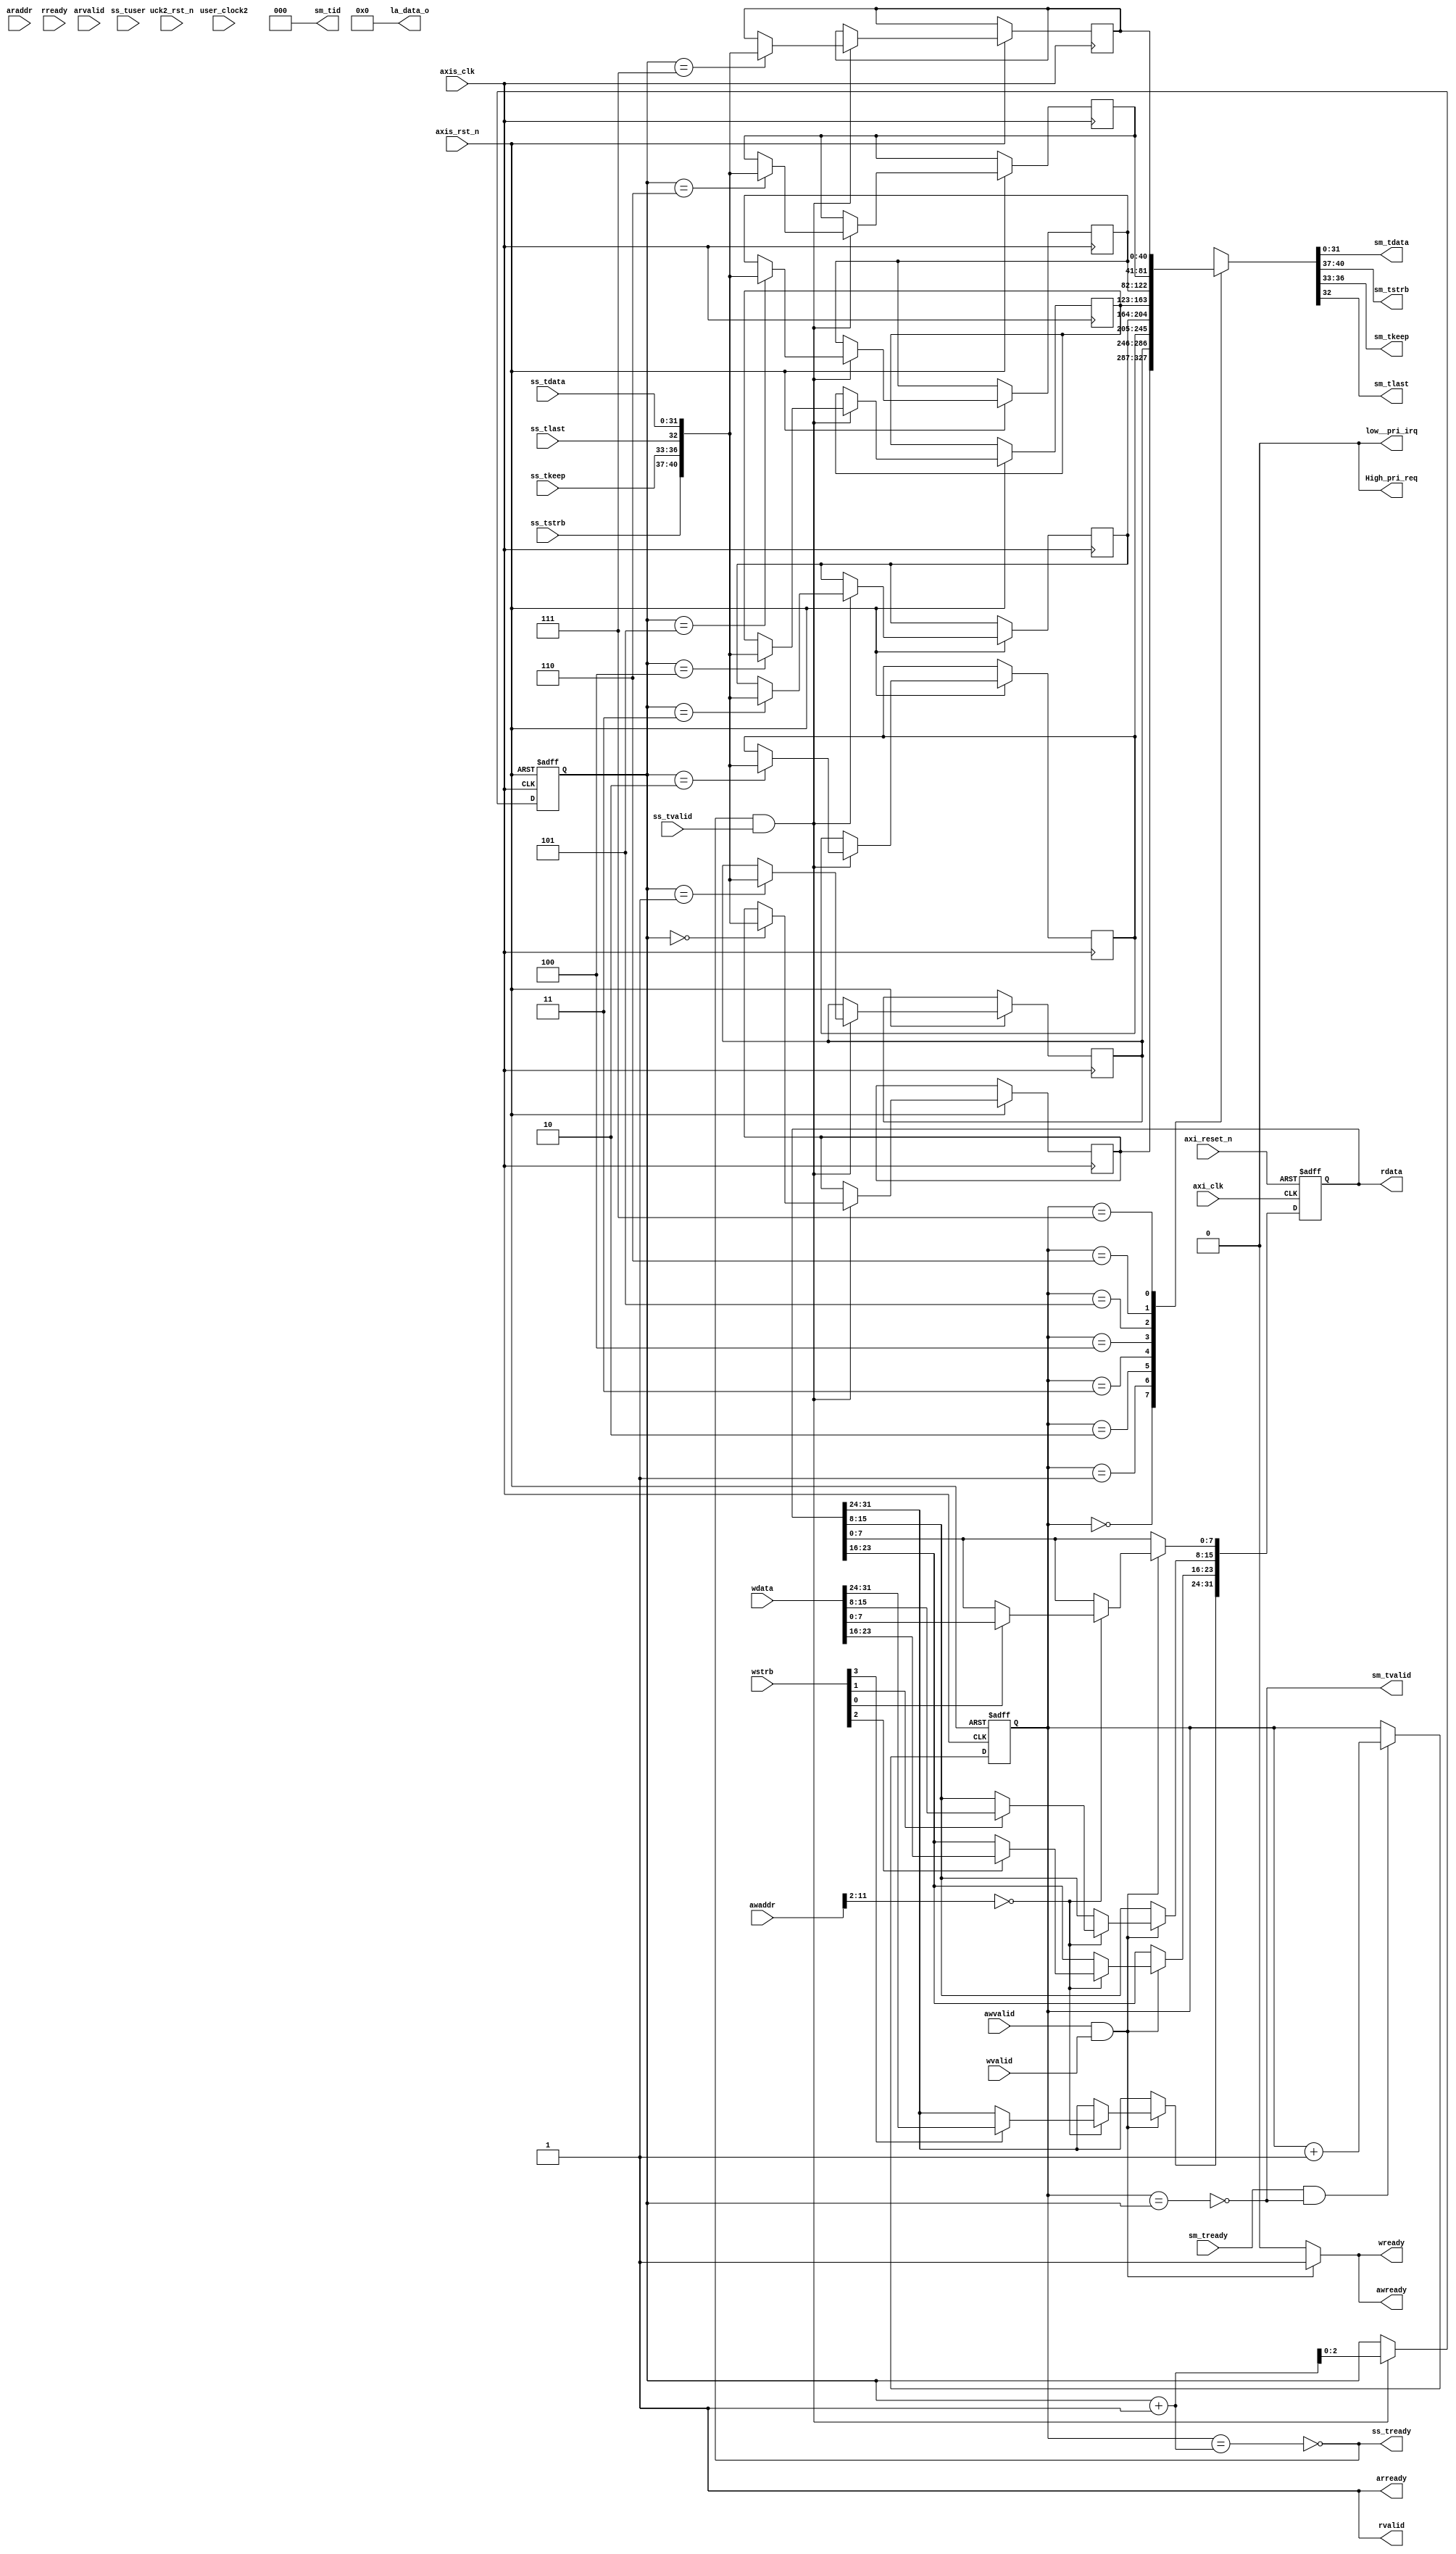
// This code snippet was auto generated by xls2vlog.py from source file: ./user_project_wrapper.xlsx
// User: josh
// Date: Sep-22-23

//`define USE_EDGEDETECT_IP

`timescale 1ns / 10ps

`ifdef USE_EDGEDETECT_IP
module USER_PRJ0 #(parameter pUSER_PROJECT_SIDEBAND_WIDTH   = 5,
                   parameter pADDR_WIDTH   = 12,
                   parameter pDATA_WIDTH   = 32
                 )
(
  output wire                        awready,
  output wire                        arready,
  output wire                        wready,
  output wire                        rvalid,
  output wire  [(pDATA_WIDTH-1) : 0] rdata,
  input  wire                        awvalid,
  input  wire                [11: 0] awaddr,
  input  wire                        arvalid,
  input  wire                [11: 0] araddr,
  input  wire                        wvalid,
  input  wire                 [3: 0] wstrb,
  input  wire  [(pDATA_WIDTH-1) : 0] wdata,
  input  wire                        rready,
  input  wire                        ss_tvalid,
  input  wire  [(pDATA_WIDTH-1) : 0] ss_tdata,
  input  wire                 [1: 0] ss_tuser,
  `ifdef USER_PROJECT_SIDEBAND_SUPPORT
  input  wire  [pUSER_PROJECT_SIDEBAND_WIDTH-1: 0] ss_tupsb,
  `endif
  input  wire                 [3: 0] ss_tstrb,
  input  wire                 [3: 0] ss_tkeep,
  input  wire                        ss_tlast,
  input  wire                        sm_tready,
  output wire                        ss_tready,
  output wire                        sm_tvalid,
  output wire  [(pDATA_WIDTH-1) : 0] sm_tdata,
  output wire                 [2: 0] sm_tid,
  `ifdef USER_PROJECT_SIDEBAND_SUPPORT
  output  wire [pUSER_PROJECT_SIDEBAND_WIDTH-1: 0] sm_tupsb,
  `endif
  output wire                 [3: 0] sm_tstrb,
  output wire                 [3: 0] sm_tkeep,
  output wire                        sm_tlast,
  output wire                        low__pri_irq,
  output wire                        High_pri_req,
  output wire                [23: 0] la_data_o,
  input  wire                        axi_clk,
  input  wire                        axis_clk,
  input  wire                        axi_reset_n,
  input  wire                        axis_rst_n,
  input  wire                        user_clock2,
  input  wire                        uck2_rst_n
);

localparam	RD_IDLE = 1'b0;
localparam	RD_ADDR_DONE = 1'b1;

//[TODO] does tlast from FPGA to SOC need send to UP? or use upsb as UP's tlast?
`ifdef USER_PROJECT_SIDEBAND_SUPPORT
	localparam	FIFO_WIDTH = (pUSER_PROJECT_SIDEBAND_WIDTH + 4 + 4 + 1 + pDATA_WIDTH);		//upsb, tstrb, tkeep, tlast, tdata  
`else
	localparam	FIFO_WIDTH = (4 + 4 + 1 + pDATA_WIDTH);		//tstrb, tkeep, tlast, tdata
`endif

`ifdef USER_PROJECT_SIDEBAND_SUPPORT
wire [33:0] dat_in_rsc_dat = {ss_tupsb[1:0], ss_tdata[31:0]};
`else
wire [33:0] dat_in_rsc_dat = {2'b00,         ss_tdata[31:0]};
`endif

wire [33:0] dat_out_rsc_dat;

wire        ram0_en;
wire [63:0] ram0_q;
wire        ram0_we;
wire [63:0] ram0_d;
wire [6:0]  ram0_adr;
wire        ram1_en;
wire [63:0] ram1_q;
wire        ram1_we;
wire [63:0] ram1_d;
wire [6:0]  ram1_adr;

reg  [9:0]  reg_widthIn;
reg  [8:0]  reg_heightIn;
reg         reg_sw_in;
reg         reg_rst;
wire [31:0] crc32_stream_in;
wire [31:0] crc32_stream_out;
wire        edgedetect_done;
reg  [31:0] reg_crc32_stream_in;
reg  [31:0] reg_crc32_stream_out;
reg         reg_edgedetect_done;

wire awvalid_in;
wire wvalid_in;

reg [31:0] RegisterData;

//write addr channel
assign 	awvalid_in	= awvalid; 
wire awready_out;
assign awready = awready_out;

//write data channel
assign 	wvalid_in	= wvalid;
wire wready_out;
assign wready = wready_out;

// if both awvalid_in=1 and wvalid_in=1 then output awready_out = 1 and wready_out = 1
assign awready_out = (awvalid_in && wvalid_in) ? 1 : 0;
assign wready_out = (awvalid_in && wvalid_in) ? 1 : 0;


//write register
always @(posedge axi_clk or negedge axi_reset_n)  begin
  if ( !axi_reset_n ) begin
    reg_widthIn         <= 640;
    reg_heightIn        <= 480;
    reg_sw_in           <= 1;
    reg_rst             <= 0;
  end else begin
    if ( awvalid_in && wvalid_in ) begin		//when awvalid_in=1 and wvalid_in=1 means awready_out=1 and wready_out=1
      if          (awaddr[11:2] == 10'h000 ) begin //offset 0
        if ( wstrb[0] == 1) reg_rst           <= wdata[0];
      end else if (awaddr[11:2] == 10'h001 ) begin //offset 1
        if ( wstrb[0] == 1) reg_widthIn[7:0]  <= wdata[7:0];
        if ( wstrb[1] == 1) reg_widthIn[9:8]  <= wdata[9:8];
      end else if (awaddr[11:2] == 10'h002 ) begin //offset 2
        if ( wstrb[0] == 1) reg_heightIn[7:0] <= wdata[7:0];
        if ( wstrb[1] == 1) reg_heightIn[8]   <= wdata[8];
      end else if (awaddr[11:2] == 10'h003 ) begin //offset 3
        if ( wstrb[0] == 1) reg_sw_in         <= wdata[0];
      end
    end
  end
end

always @(posedge axi_clk or negedge axi_reset_n)  begin
  if ( !axi_reset_n ) begin
      reg_edgedetect_done <= 0;
  end else begin
    if (edgedetect_done)
      reg_edgedetect_done <= 1;
    else if ( awvalid_in && wvalid_in ) begin        //when awvalid_in=1 and wvalid_in=1 means awready_out=1 and wready_out=1 
      if (awaddr[11:2] == 10'h006 ) begin //offset 6
        if ( wstrb[0] == 1) reg_edgedetect_done <= 0;
      end
    end
  end
end


//read register
reg [(pDATA_WIDTH-1) : 0] rdata_tmp;
assign arready = 1; //always assigned to 1, limitation: only support 1T in arvalid, if master issue 2T in arvalid then only 1st raddr is captured.
reg rvalid_out ;
assign rvalid = rvalid_out;
assign rdata =  rdata_tmp;
reg rd_state;
reg rd_next_state;
reg [pADDR_WIDTH-1:0] rd_addr;

////
always @(posedge axi_clk or negedge axi_reset_n)  begin
  if ( !axi_reset_n ) 
    rd_state <= RD_IDLE;
  else
    rd_state <= rd_next_state;
end

always@(*)begin
  case(rd_state)
    RD_IDLE:
      if(arvalid && arready) rd_next_state = RD_ADDR_DONE;
      else      rd_next_state = RD_IDLE;
    RD_ADDR_DONE:
      if(rready && rvalid_out) rd_next_state = RD_IDLE;
      else    rd_next_state = RD_ADDR_DONE;
    default:rd_next_state = RD_IDLE;
  endcase
end 

always @(posedge axi_clk or negedge axi_reset_n)  begin
  if ( !axi_reset_n ) begin
    rd_addr <= 0;
	rvalid_out <= 0;
  end	
  else begin
    if (rd_state == RD_IDLE )
	  if(arvalid && arready) begin
		rd_addr <= araddr;
		rvalid_out <= 1;
	  end	
	if (rd_state == RD_ADDR_DONE ) 
	  if(rready && rvalid_out)
		rvalid_out <= 0;
  end	
end

////
always @* begin
  if      (rd_addr[11:2] == 10'h000) rdata_tmp = reg_rst;
  else if (rd_addr[11:2] == 10'h001) rdata_tmp = reg_widthIn;
  else if (rd_addr[11:2] == 10'h002) rdata_tmp = reg_heightIn;
  else if (rd_addr[11:2] == 10'h003) rdata_tmp = reg_sw_in;
  else if (rd_addr[11:2] == 10'h004) rdata_tmp = reg_crc32_stream_in;
  else if (rd_addr[11:2] == 10'h005) rdata_tmp = reg_crc32_stream_out;
  else if (rd_addr[11:2] == 10'h006) rdata_tmp = reg_edgedetect_done;
  else                              rdata_tmp = 0;
end

//DUT
assign sm_tdata  = dat_out_rsc_dat[31: 0]; 

`ifdef USER_PROJECT_SIDEBAND_SUPPORT
assign sm_tupsb = dat_out_rsc_dat[33:32];
`endif

assign sm_tlast = dat_out_rsc_dat[33];
assign {sm_tstrb, sm_tkeep} = 0;

wire dat_in_rsc_rdy;

assign ss_tready = dat_in_rsc_rdy;

always @(posedge axi_clk or negedge axi_reset_n)  begin
  if ( !axi_reset_n ) begin
    reg_crc32_stream_in  <= 0;
    reg_crc32_stream_out <= 0;
  end else if (edgedetect_done) begin
    reg_crc32_stream_in  <= crc32_stream_in ;
    reg_crc32_stream_out <= crc32_stream_out;
  end
end

EdgeDetect_IP_EdgeDetect_Top U_EdgeDetect (
.clk                     (axi_clk           ), //user_clock2 ?
.rst                     (reg_rst           ), 
.arst_n                  (axi_reset_n       ), //~uck2_rst_n ? 
.widthIn                 ({1'b0,reg_widthIn  }     ), //I 
.heightIn                ({1'b0,reg_heightIn }     ), //I
.sw_in                   (reg_sw_in         ), //I
.crc32_pix_in_rsc_dat    (crc32_stream_in   ), //O
.crc32_pix_in_triosy_lz  (),                   //O, not useful
.crc32_dat_out_rsc_dat   (crc32_stream_out  ), //O
.crc32_dat_out_triosy_lz (edgedetect_done   ), //O
.dat_in_rsc_dat          (dat_in_rsc_dat    ), //I
.dat_in_rsc_vld          (ss_tvalid         ), //I
.dat_in_rsc_rdy          (dat_in_rsc_rdy    ), //O
.dat_out_rsc_dat         (dat_out_rsc_dat   ), //O
.dat_out_rsc_vld         (sm_tvalid         ), //O
.dat_out_rsc_rdy         (sm_tready         ), //I
.line_buf0_rsc_en        (ram0_en           ), //O
.line_buf0_rsc_q         (ram0_q            ), //I
.line_buf0_rsc_we        (ram0_we           ), //O
.line_buf0_rsc_d         (ram0_d            ), //O
.line_buf0_rsc_adr       (ram0_adr          ), //O
.line_buf1_rsc_en        (ram1_en           ), //O
.line_buf1_rsc_q         (ram1_q            ), //I 
.line_buf1_rsc_we        (ram1_we           ), //O 
.line_buf1_rsc_d         (ram1_d            ), //O 
.line_buf1_rsc_adr       (ram1_adr          )  //O
);

//SRAM
SPRAM #(.data_width(64),.addr_width(7),.depth(80)) U_SPRAM_0(
.adr (ram0_adr ), 
.d   (ram0_d   ), 
.en  (ram0_en  ), 
.we  (ram0_we  ), 
.clk (axi_clk  ), //user_clock2 ? 
.q   (ram0_q   )
);

SPRAM #(.data_width(64),.addr_width(7),.depth(80)) U_SPRAM_1(
.adr (ram1_adr ), 
.d   (ram1_d   ), 
.en  (ram1_en  ), 
.we  (ram1_we  ), 
.clk (axi_clk  ), //user_clock2 ? 
.q   (ram1_q   )
);
//~

endmodule

`else
module USER_PRJ0 #( parameter pUSER_PROJECT_SIDEBAND_WIDTH   = 5,
					parameter pADDR_WIDTH   = 12,
                   parameter pDATA_WIDTH   = 32
                 )
(
  output wire                        awready,
  output wire                        arready,
  output wire                        wready,
  output wire                        rvalid,
  output wire  [(pDATA_WIDTH-1) : 0] rdata,
  input  wire                        awvalid,
  input  wire                [11: 0] awaddr,
  input  wire                        arvalid,
  input  wire                [11: 0] araddr,
  input  wire                        wvalid,
  input  wire                 [3: 0] wstrb,
  input  wire  [(pDATA_WIDTH-1) : 0] wdata,
  input  wire                        rready,
  input  wire                        ss_tvalid,
  input  wire  [(pDATA_WIDTH-1) : 0] ss_tdata,
  input  wire                 [1: 0] ss_tuser,
  `ifdef USER_PROJECT_SIDEBAND_SUPPORT
	input  wire                 [pUSER_PROJECT_SIDEBAND_WIDTH-1: 0] ss_tupsb,
  `endif
  input  wire                 [3: 0] ss_tstrb,
  input  wire                 [3: 0] ss_tkeep,
  input  wire                        ss_tlast,
  input  wire                        sm_tready,
  output wire                        ss_tready,
  output wire                        sm_tvalid,
  output wire  [(pDATA_WIDTH-1) : 0] sm_tdata,
  output wire                 [2: 0] sm_tid,
  `ifdef USER_PROJECT_SIDEBAND_SUPPORT
	output  wire                 [pUSER_PROJECT_SIDEBAND_WIDTH-1: 0] sm_tupsb,
  `endif
  output wire                 [3: 0] sm_tstrb,
  output wire                 [3: 0] sm_tkeep,
  output wire                        sm_tlast,
  output wire                        low__pri_irq,
  output wire                        High_pri_req,
  output wire                [23: 0] la_data_o,
  input  wire                        axi_clk,
  input  wire                        axis_clk,
  input  wire                        axi_reset_n,
  input  wire                        axis_rst_n,
  input  wire                        user_clock2,
  input  wire                        uck2_rst_n
);

//[TODO] does tlast from FPGA to SOC need send to UP? or use upsb as UP's tlast?
`ifdef USER_PROJECT_SIDEBAND_SUPPORT
	localparam	FIFO_WIDTH = (pUSER_PROJECT_SIDEBAND_WIDTH + 4 + 4 + 1 + pDATA_WIDTH);		//upsb, tstrb, tkeep, tlast, tdata  
`else
	localparam	FIFO_WIDTH = (4 + 4 + 1 + pDATA_WIDTH);		//tstrb, tkeep, tlast, tdata
`endif


wire awvalid_in;
wire wvalid_in;

reg [31:0] RegisterData;

//write addr channel
assign 	awvalid_in	= awvalid; 
wire awready_out;
assign awready = awready_out;

//write data channel
assign 	wvalid_in	= wvalid;
wire wready_out;
assign wready = wready_out;

// if both awvalid_in=1 and wvalid_in=1 then output awready_out = 1 and wready_out = 1
assign awready_out = (awvalid_in && wvalid_in) ? 1 : 0;
assign wready_out = (awvalid_in && wvalid_in) ? 1 : 0;

assign arready = 1;

assign rvalid = 1;
assign rdata =  RegisterData;

//write register
always @(posedge axi_clk or negedge axi_reset_n)  begin
  if ( !axi_reset_n ) begin
    RegisterData <= 32'haa55aa55;
  end
  else begin
    if ( awvalid_in && wvalid_in ) begin		//when awvalid_in=1 and wvalid_in=1 means awready_out=1 and wready_out=1
      if (awaddr[11:2] == 10'h000 ) begin //offset 0
        if ( wstrb[0] == 1) RegisterData[7:0] <= wdata[7:0];
        if ( wstrb[1] == 1) RegisterData[15:8] <= wdata[15:8];
        if ( wstrb[2] == 1) RegisterData[23:16] <= wdata[23:16];
        if ( wstrb[3] == 1) RegisterData[31:24] <= wdata[31:24];  
      end
      else begin
        RegisterData <= RegisterData;
      end
    end
  end
end

reg [2:0] r_ptr;
reg [2:0] w_ptr;
reg [(FIFO_WIDTH-1) : 0] fifo[7:0];

wire full;
wire empty;

assign empty = (r_ptr == w_ptr);
assign full = (r_ptr == (w_ptr+1) );

assign ss_tready = !full;

//for push to fifo
always @(posedge axis_clk or negedge axis_rst_n)  begin
  if ( !axis_rst_n ) begin
    w_ptr <= 0;
  end
  else begin
	if ( ss_tready && ss_tvalid) begin
		`ifdef USER_PROJECT_SIDEBAND_SUPPORT
			fifo[w_ptr] <= {ss_tupsb, ss_tstrb, ss_tkeep, ss_tlast, ss_tdata}; 
		`else
			fifo[w_ptr] <= {ss_tstrb, ss_tkeep, ss_tlast, ss_tdata}; 
		`endif
		w_ptr <= w_ptr + 1;
	end
  end
end  

//for pop from fifo

`ifdef USER_PROJECT_SIDEBAND_SUPPORT
	assign {sm_tupsb, sm_tstrb, sm_tkeep, sm_tlast, sm_tdata} = fifo[r_ptr];
`else
	assign {sm_tstrb, sm_tkeep, sm_tlast, sm_tdata} = fifo[r_ptr];
`endif

assign sm_tvalid = !empty;
always @(posedge axis_clk or negedge axis_rst_n)  begin
  if ( !axis_rst_n ) begin
    r_ptr <= 0;
  end
  else begin
	if ( sm_tready && sm_tvalid) begin
		r_ptr <= r_ptr + 1;
	end
  end
end  

assign sm_tid = 3'b000;		//[TODO] remove tid in user project.
assign low__pri_irq  = 1'b0;
assign High_pri_req  = 1'b0;
assign la_data_o     = 24'b0;


endmodule // USER_PRJ0
`endif